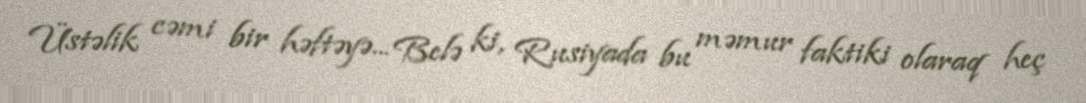
Üstəlik cəmi bir həftəyə... Belə ki, Rusiyada bu məmur faktiki olaraq heç